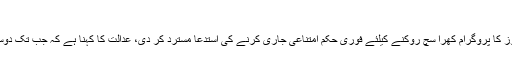
دفترخارجہ میں نئے بلاک کی افتتاحی تقریب سے خطاب کرتے…
لاہور ہائیکورٹ نے جنگ جیو گروپ کی جانب سے اے آر وائی نیوز کا پروگرام کھرا سچ روکنے کیلئے فوری حکم امتناعی جاری کرنے کی استدعا مسترد کر دی، عدالت کا کہنا ہے کہ جب تک دوسرے فریق کو سن نہ لیا جائے، حکم امتناعی جاری نہیں کیا جاسکتا۔